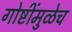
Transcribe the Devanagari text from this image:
गोष्टींमुळेच